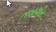
તબાશીર